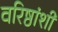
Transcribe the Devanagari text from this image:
वरिष्ठांशी